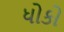
ધોકો